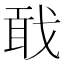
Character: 𢧎